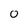
Character: 0